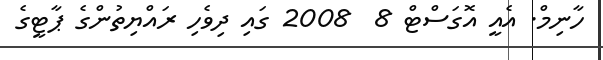
ހާނިމް. އެއީ އޮގަސްޓް 8  2008 ގައި ދިވެހި ރައްޔިތުންގެ ޕާޓީގެ